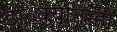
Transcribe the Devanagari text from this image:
डॉ॰क्युतिन्हो